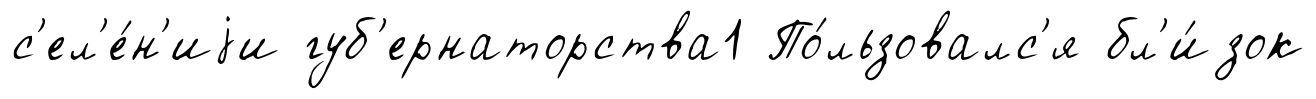
с'ел'е́н'иjи губ'ернаторства1 По́льзовалс'я бл'и́зок